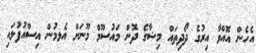
އެހެން އޮއްވާ އިރުގެ ދޯދިތައް މިޝާގެ ދޮން މައުސޫމް މޫނަށް އެޅމުން އިސްއުފުލައި